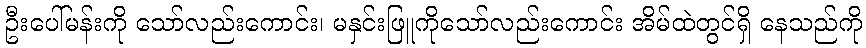
ဦးပေါ်မန်းကို သော်လည်းကောင်း၊ မနှင်းဖြူကိုသော်လည်းကောင်း အိမ်ထဲတွင်ရှိ နေသည်ကို